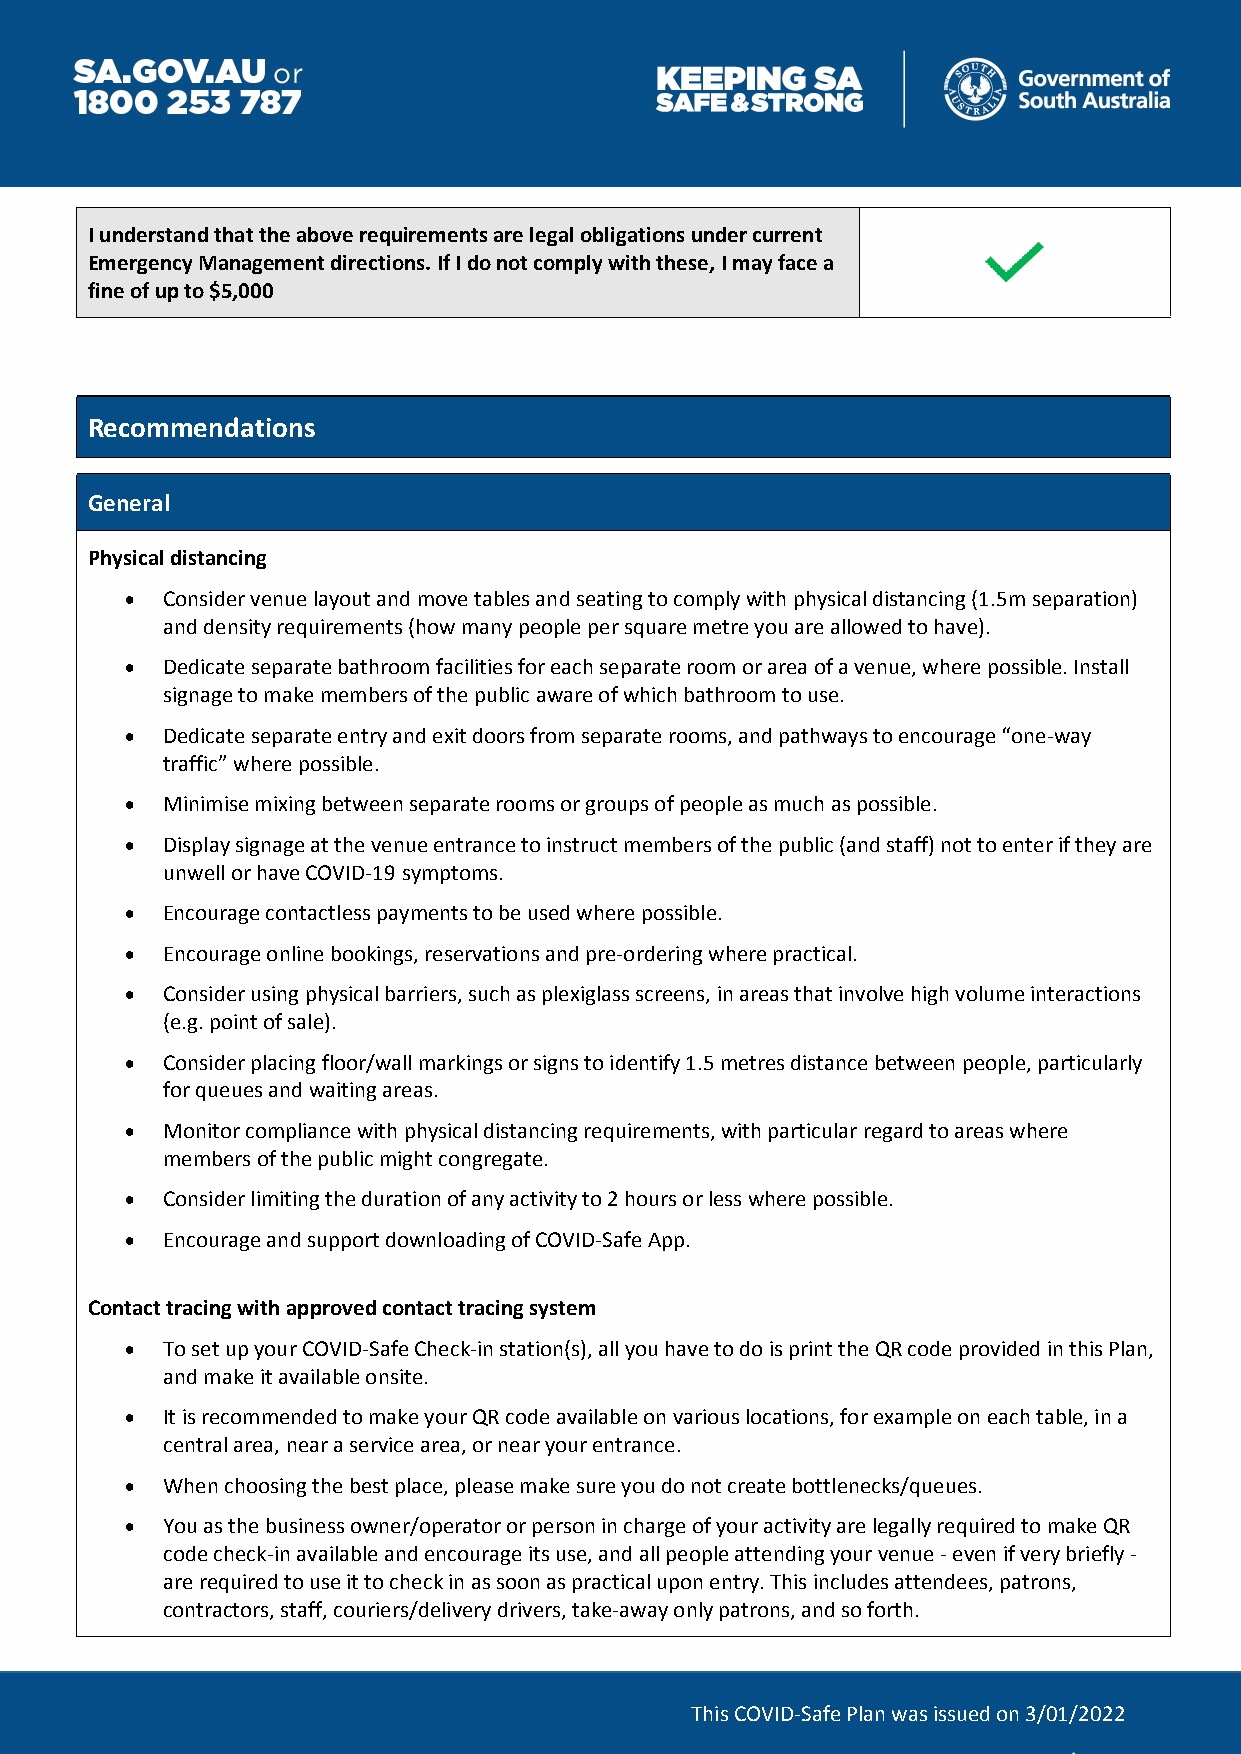
I understand that the above requirements are legal obligations under current
 Emergency Management directions. If I do not comply with these, I may face a
 fine of up to $5,000
 Recommendations
 General
 Physical distancing
   Consider venue layout and move tables and seating to comply with physical distancing (1.5m separation)
 and density requirements (how many people per square metre you are allowed to have).
   Dedicate separate bathroom facilities for each separate room or area of a venue, where possible. Install
 signage to make members of the public aware of which bathroom to use.
   Dedicate separate entry and exit doors from separate rooms, and pathways to encourage “one-way
 traffic” where possible.
   Minimise mixing between separate rooms or groups of people as much as possible.
   Display signage at the venue entrance to instruct members of the public (and staff) not to enter if they are
 unwell or have COVID-19 symptoms.
   Encourage contactless payments to be used where possible.
   Encourage online bookings, reservations and pre-ordering where practical.
   Consider using physical barriers, such as plexiglass screens, in areas that involve high volume interactions
 (e.g. point of sale).
   Consider placing floor/wall markings or signs to identify 1.5 metres distance between people, particularly
 for queues and waiting areas.
   Monitor compliance with physical distancing requirements, with particular regard to areas where
 members of the public might congregate.
   Consider limiting the duration of any activity to 2 hours or less where possible.
   Encourage and support downloading of COVID-Safe App.
 Contact tracing with approved contact tracing system
   To set up your COVID-Safe Check-in station(s), all you have to do is print the QR code provided in this Plan,
 and make it available onsite.
   It is recommended to make your QR code available on various locations, for example on each table, in a
 central area, near a service area, or near your entrance.
   When choosing the best place, please make sure you do not create bottlenecks/queues.
   You as the business owner/operator or person in charge of your activity are legally required to make QR
 code check-in available and encourage its use, and all people attending your venue - even if very briefly -
 are required to use it to check in as soon as practical upon entry. This includes attendees, patrons,
 contractors, staff, couriers/delivery drivers, take-away only patrons, and so forth.
 This COVID-Safe Plan was issued on 3/01/2022